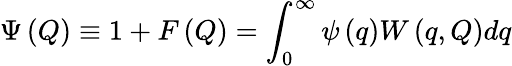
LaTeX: \Psi\left(Q\right)\equiv 1+F\left(Q\right)=\int_{0}^{\infty}\psi\left(q\right)W\left(q,Q\right)dq